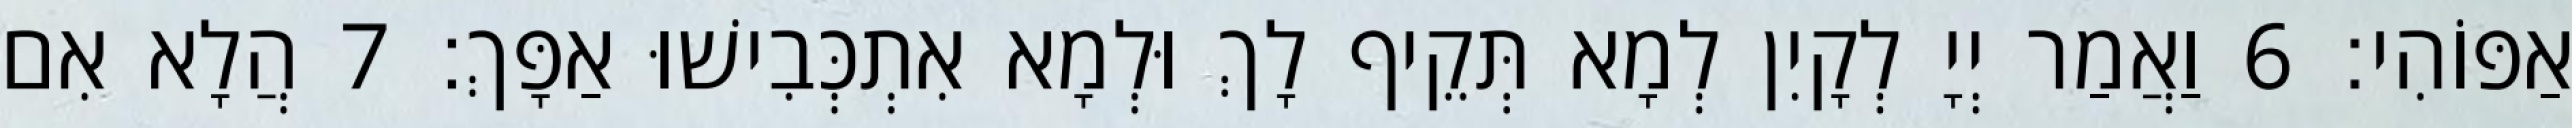
אַפּוֹהִי׃ 6 וַאֲמַר יְיָ לְקָיִן לְמָא תְּקֵיף לָךְ וּלְמָא אִתְכְּבִישׁוּ אַפָּךְ׃ 7 הֲלָא אִם